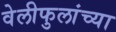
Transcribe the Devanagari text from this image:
वेलीफुलांच्या